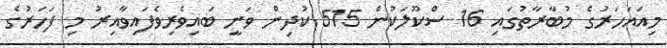
މިއައަހަރުގެ މުބާރާތުގައި 16 ސްކޫލަކުން 515 ކުދިން ވަނީ ބައިވެރިވެފައިވާއިރު މި ފަހަރުގެ